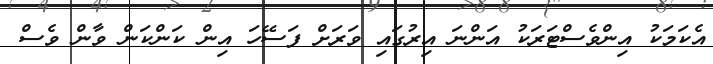
އެކަމަކު އިންވެސްޓަރަކު އަންނަ އިރުގައި ވަރަށް ފަސޭހަ އިން ކަންކަން ވާން ވެސް